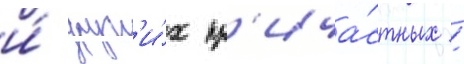
и́ друг'и́х пр'ича́стных /